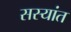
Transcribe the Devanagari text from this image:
सस्यांत